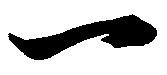
一